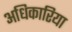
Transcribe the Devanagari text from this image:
अधिकारिया